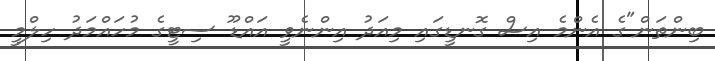
ބިންތަން"ގެ އެންމެ އިސް ގޮނޑީގައި މިއަދު އިންނެވީ އައްޑޫ ސިޓީގެ މުހައްމަދު ހިލްމީ